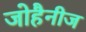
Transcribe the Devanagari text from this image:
जोहैनीज